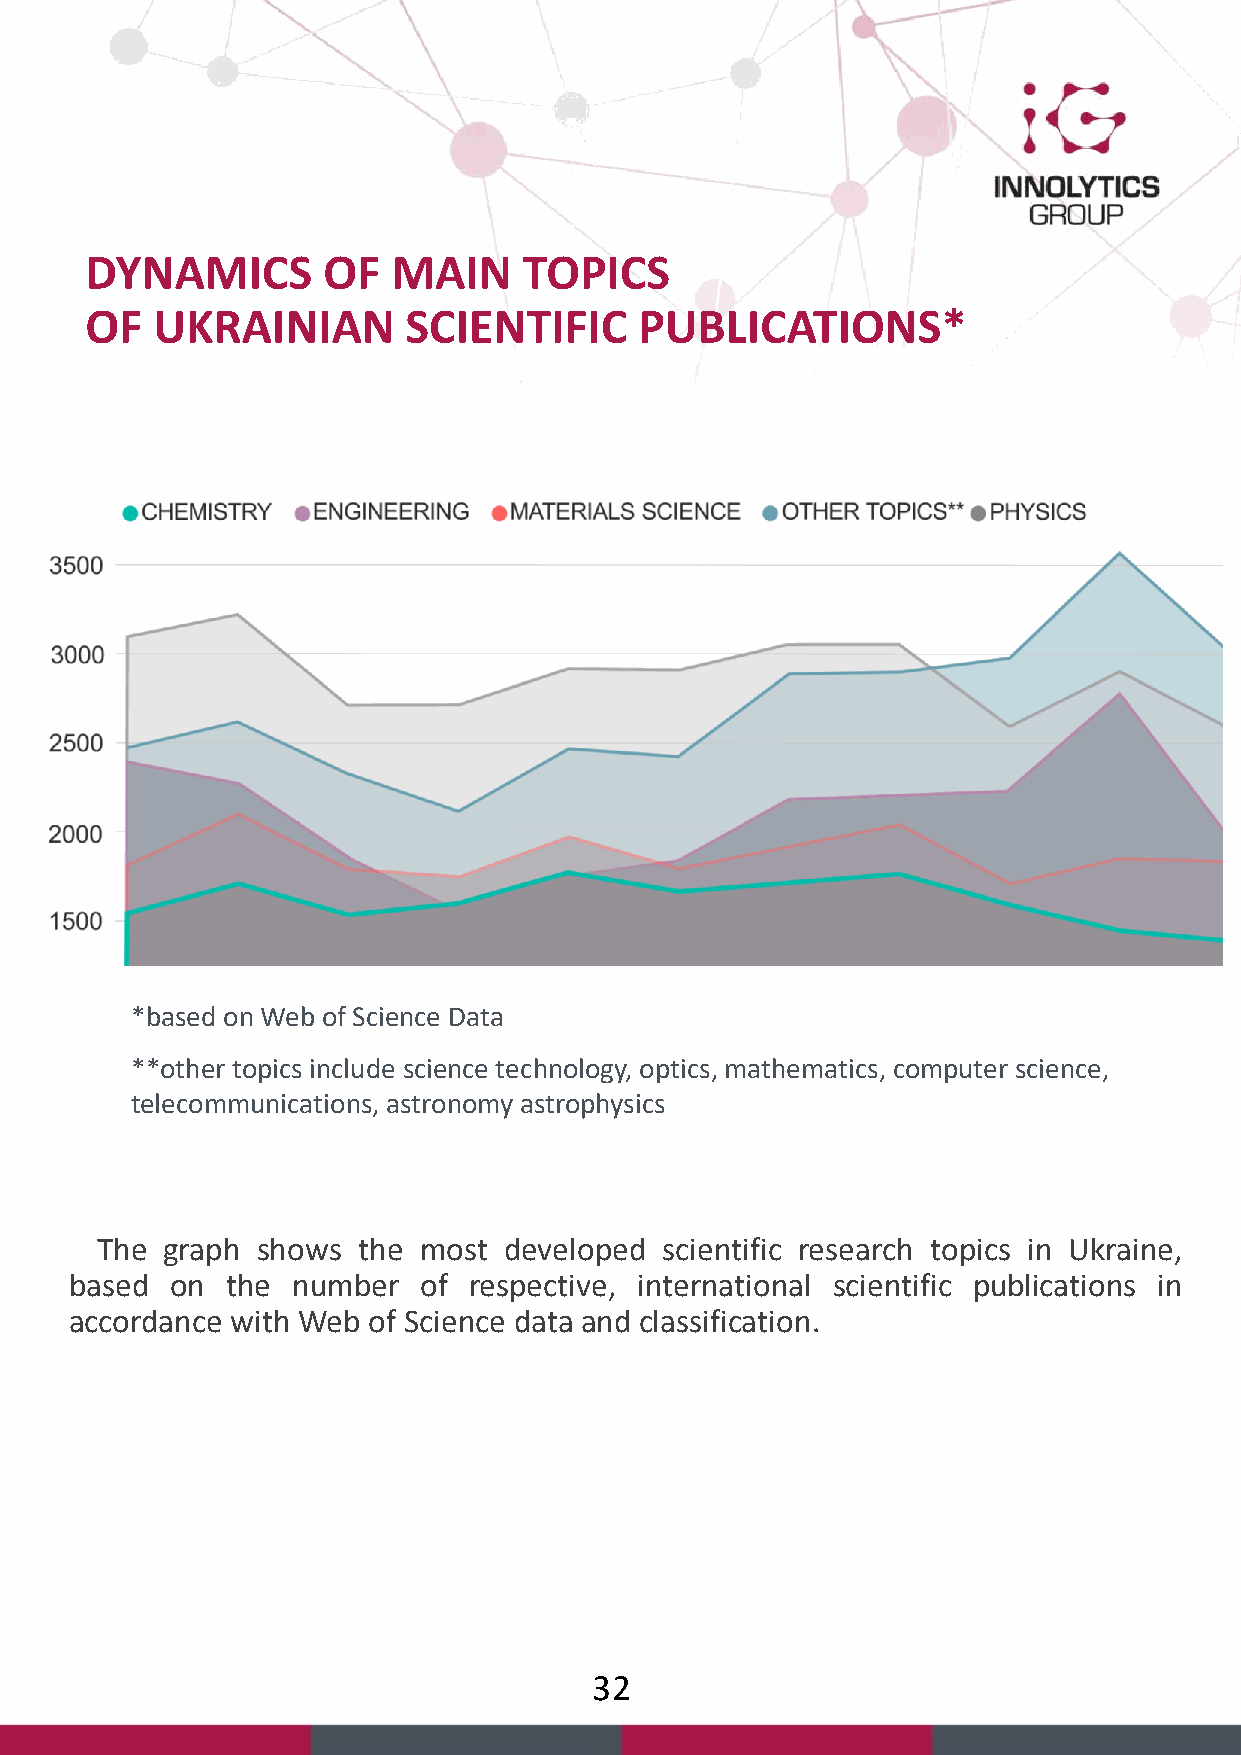
DYNAMICS       OF   MAIN     TOPICS
 OF  UKRAINIAN        SCIENTIFIC     PUBLICATIONS*
 *based on Web of Science Data
 **other topics include science technology, optics, mathematics, computer science,
 telecommunications, astronomy astrophysics
 The  graph shows  the most developed  scientific research topics in Ukraine,
 based on  the number   of respective, international scientific publications in
 accordance with Web of Science data and classification.
 32